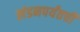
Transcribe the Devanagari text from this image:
लंडनपर्यंतची